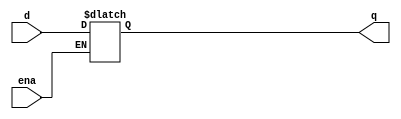
module top_module (
    input d, 
    input ena,
    output reg q);

    always @(*)
        if(ena)
            q <= d;
    
endmodule